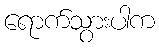
ရောက်သွားပါက